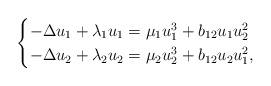
LaTeX: \begin{align*}\begin{cases} -\Delta u_1+\lambda_1 u_1= \mu_1 u_1^{3}+ b_{12} u_1u_2^2 \\ -\Delta u_2+\lambda_2 u_2= \mu_2 u_2^{3}+ b_{12}u_2u_1^2,\\\end{cases}\end{align*}